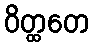
ဝိတ္ထတေ